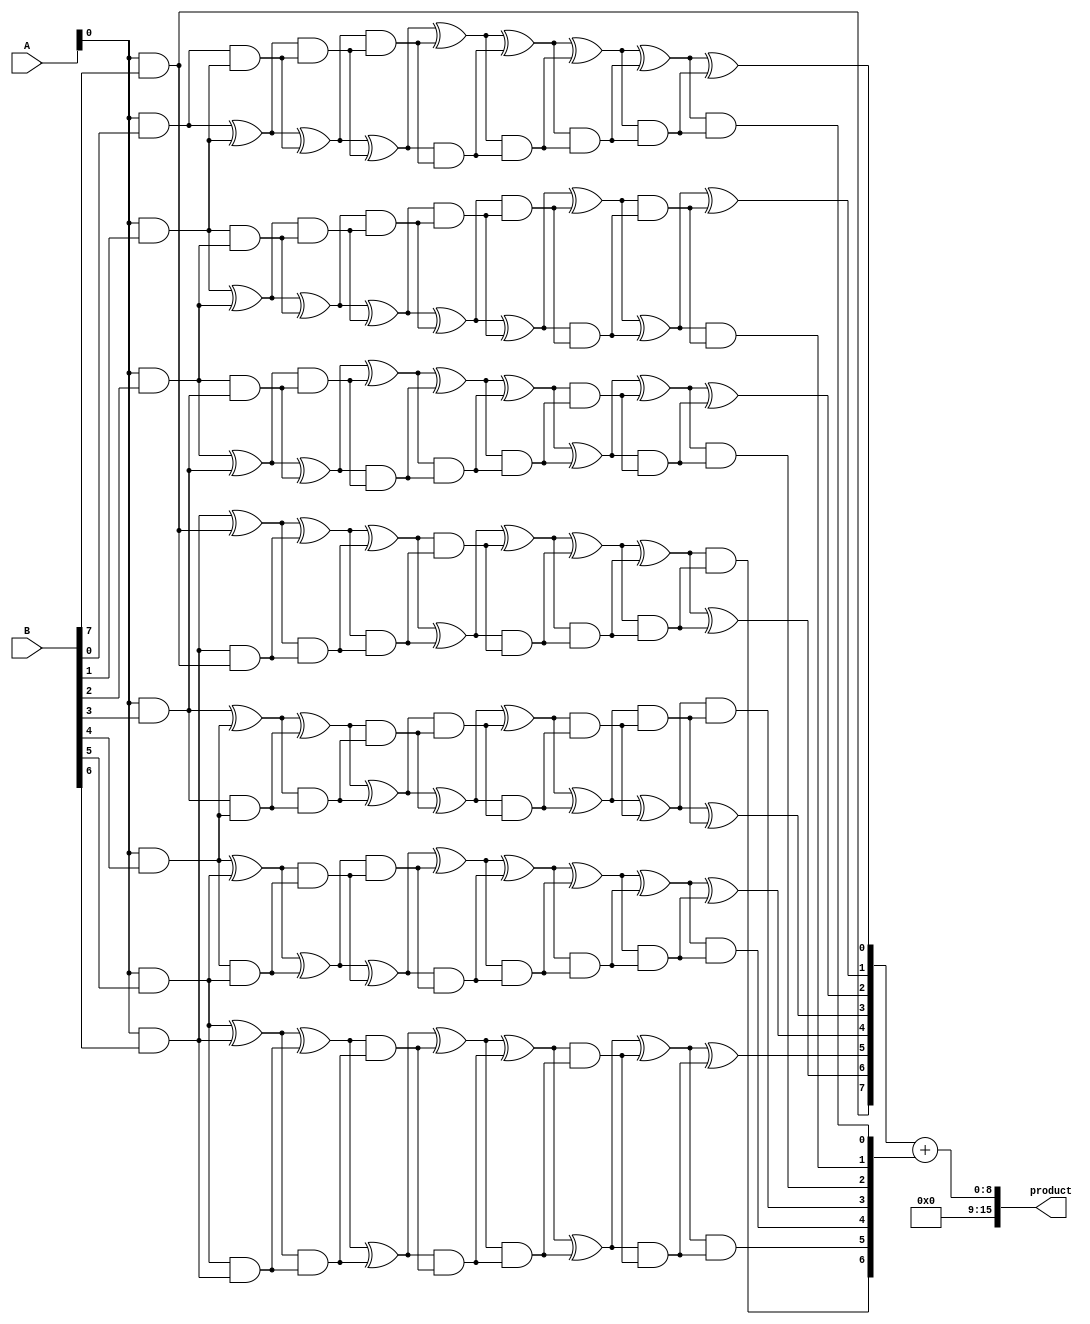
module WallaceTreeMultiplier #(parameter N = 8) (
    input [N-1:0] A,
    input [N-1:0] B,
    output reg [2*N-1:0] product
);

    // Partial product generation
    wire [N-1:0] pp [0:N-1]; // Partial products
    genvar i;
    generate
        for (i = 0; i < N; i = i + 1) begin : pp_gen
            assign pp[i] = A & {N{B[i]}}; // AND operation
        end
    endgenerate

    // Wallace tree reduction
    wire [N-1:0] sum [0:N]; // Sums at each level
    wire [N-1:0] carry [0:N]; // Carries at each level

    // Initial stage: first level of reduction
    generate
        for (i = 0; i < N; i = i + 1) begin : first_level
            if (i < N-1) begin
                assign sum[0][i] = pp[i][0] ^ pp[i+1][0];
                assign carry[0][i] = pp[i][0] & pp[i+1][0];
            end else begin
                assign sum[0][i] = pp[i][0];
                assign carry[0][i] = 1'b0;
            end
        end
    endgenerate

    // Reduction stages
    genvar j, k;
    generate
        for (j = 1; j < N; j = j + 1) begin : reduction_stage
            for (k = 0; k < N; k = k + 1) begin : adder
                if (k < N-1) begin
                    assign sum[j][k] = sum[j-1][k] ^ carry[j-1][k];
                    assign carry[j][k] = sum[j-1][k] & carry[j-1][k];
                end else begin
                    assign sum[j][k] = sum[j-1][k];
                    assign carry[j][k] = 1'b0;
                end
            end
        end
    endgenerate

    // Final addition
    wire [2*N-1:0] final_sum;
    wire [2*N-1:0] final_carry;

    assign final_sum = {1'b0, sum[N-1]} + {1'b0, carry[N-1]}; // Adjust the width for final sum
    assign product = final_sum;

endmodule